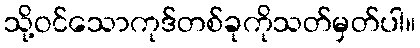
သို့ဝင်သောကုဒ်တစ်ခုကိုသတ်မှတ်ပါ။